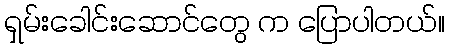
ရှမ်းခေါင်းဆောင်တွေ က ပြောပါတယ်။